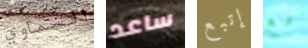
السماوي ساعد إتبع مع